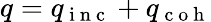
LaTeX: q=q_{\mathrm{~i~n~c~}}+q_{\mathrm{~c~o~h~}}